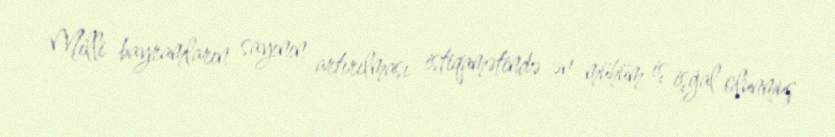
Milli bayramların sayının artırılması istiqamətində ən mühüm iş işğal olunmuş